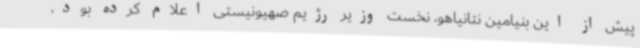
پیش از این بنیامین نتانیاهو، نخست وزیر رژیم صهیونیستی اعلام کرده بود،